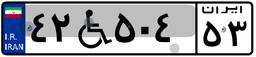
۴۲W۵۰۴۵۳